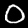
Label: 0